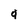
Character: 9